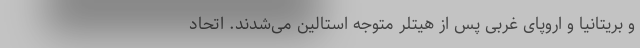
و بریتانیا و اروپای غربی پس از هیتلر متوجه استالین می‌شدند. اتحاد